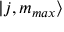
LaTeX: | j , m _ { m a x } \rangle